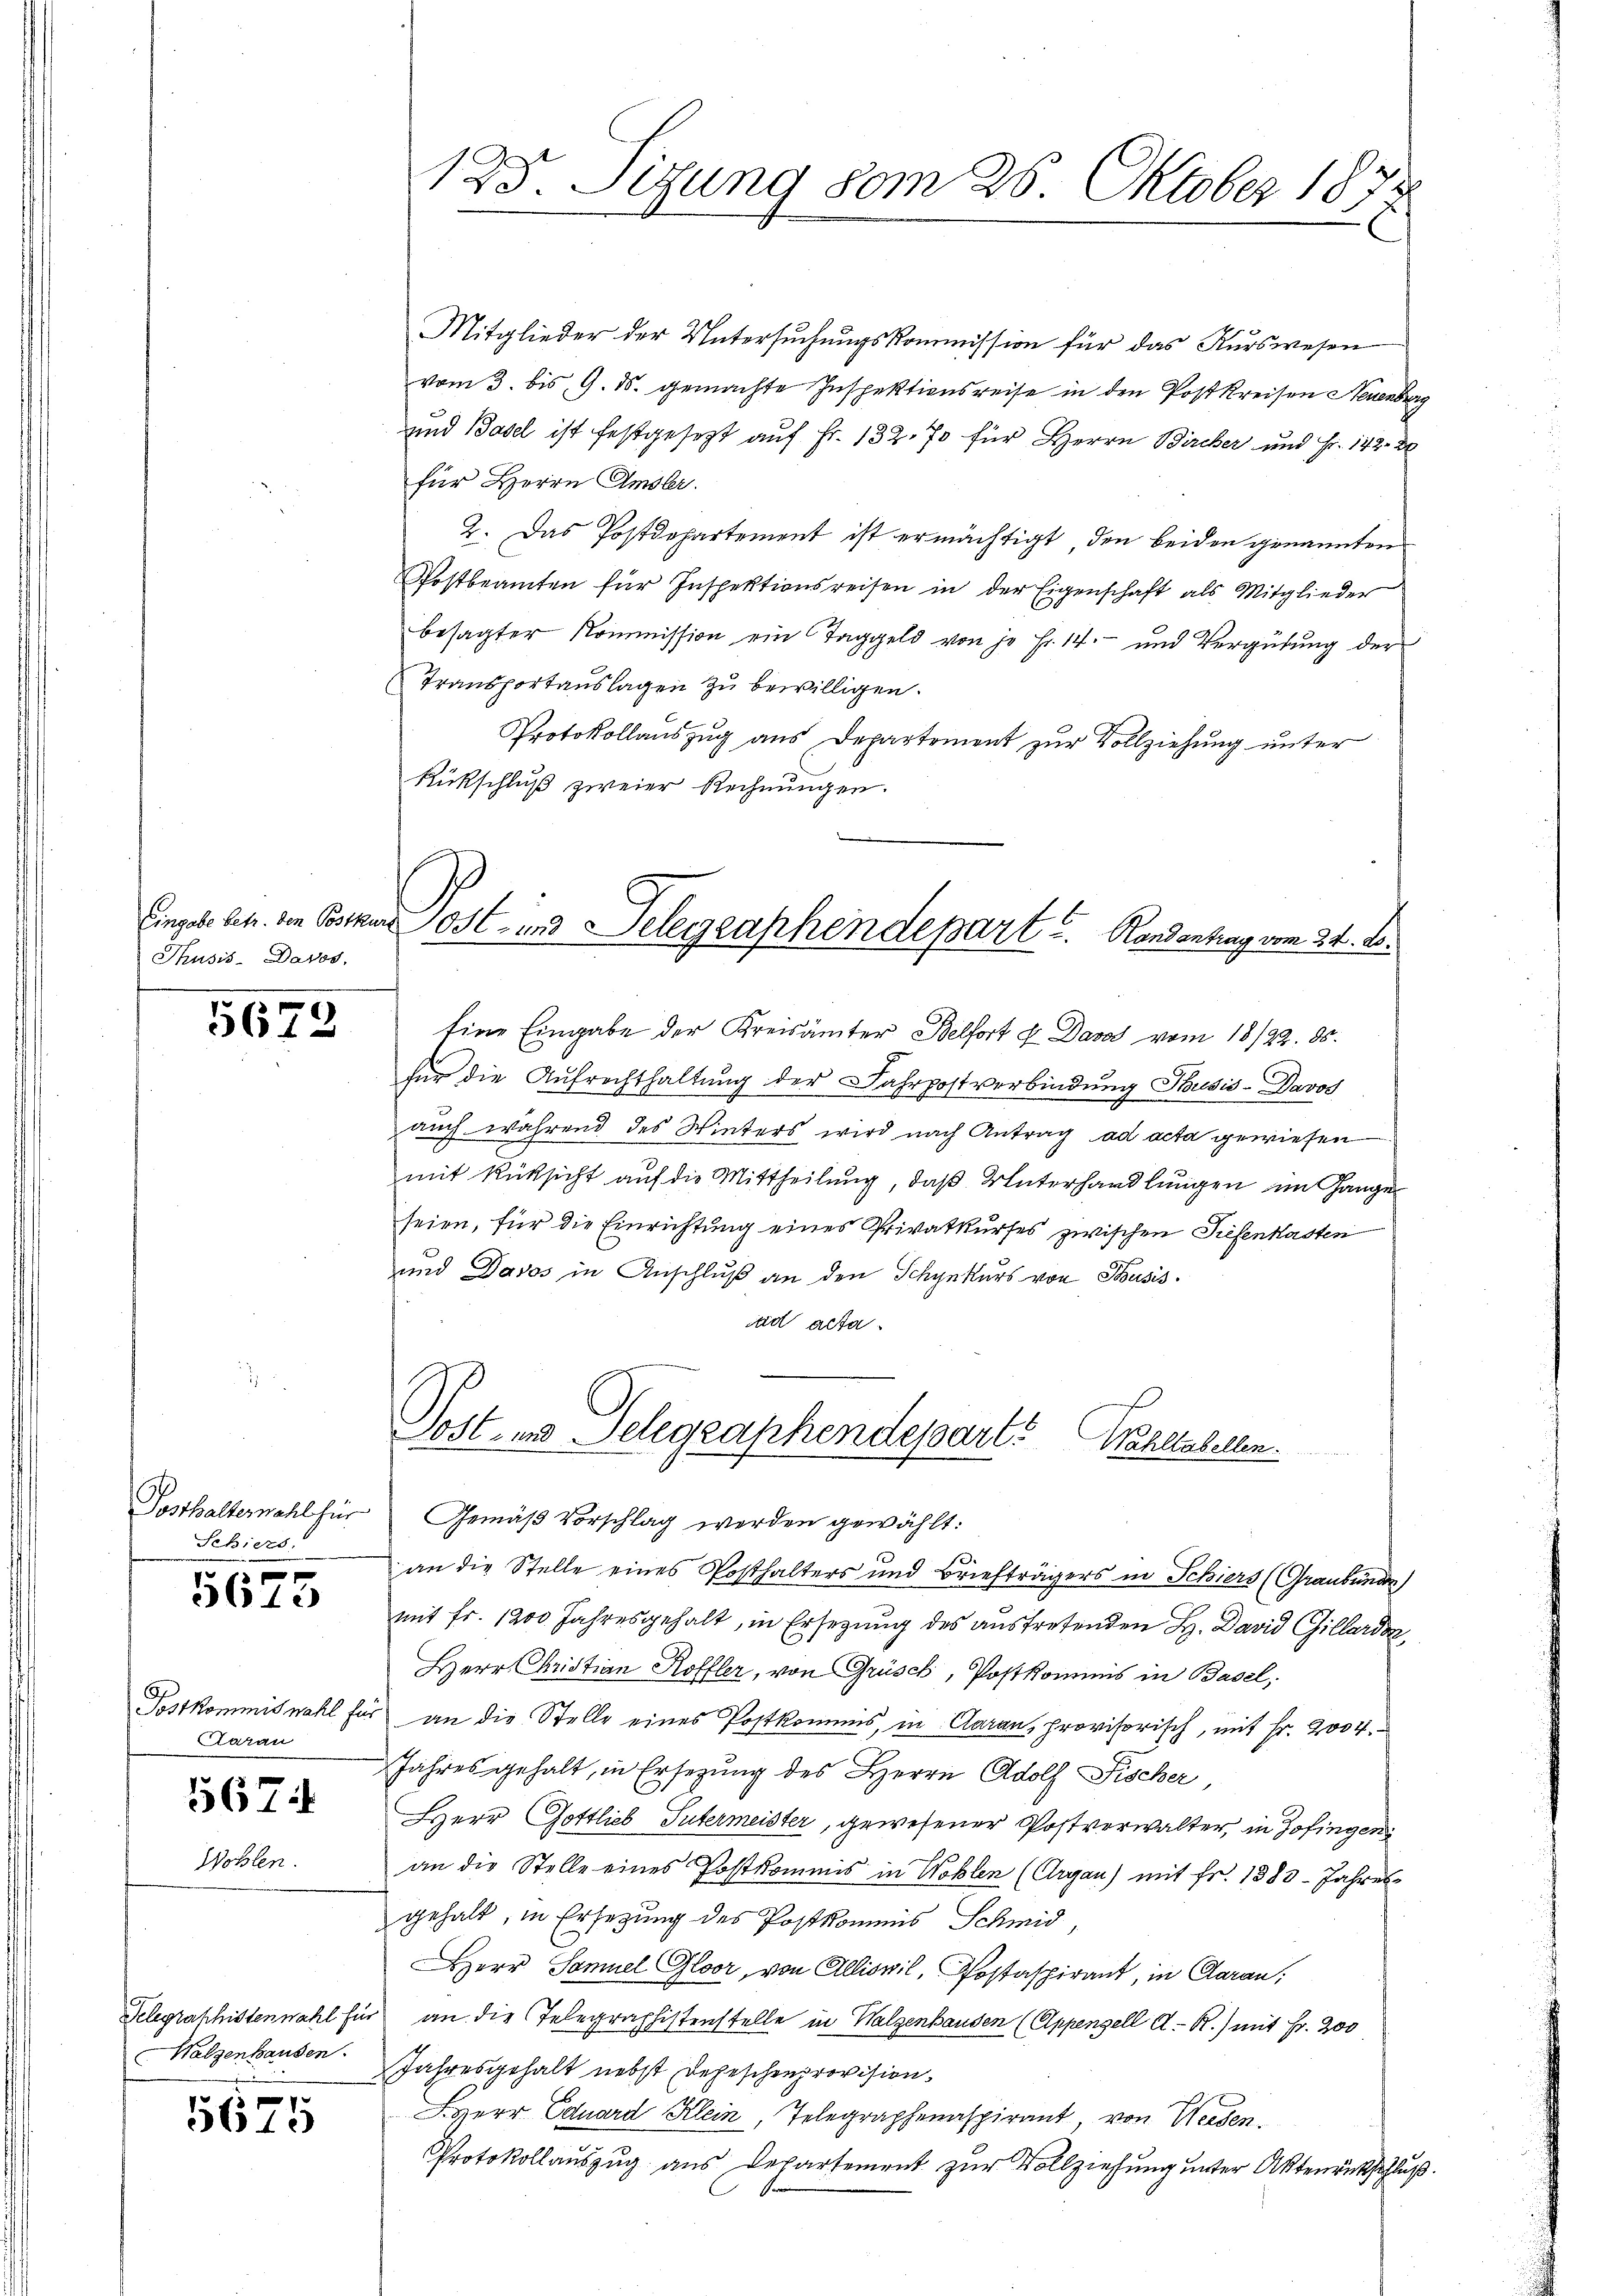
Eingabe betr. den Postkur
Thusis. Davos.

5673

Schiers.

5673

Aarau

567:

Wohlen.

Walzenhausen.

5675

Mitglieder der Untersuchungskommission für das Kurswesen
vom 3. bis 9. ds. gemachte Inspektionsreise in den Post Kreisen Neuenber
und Basel ist festgesetzt auf Fr. 132. 70 für Herrn Bircher und Fr. 142. 20
für Herrn Amsler.
2. Das Postdepartement ist ermächtigt, den beiden genannten
Postbeamten für Inspektionsreisen in der Eigenschaft als Mitglieder
besagter Kommission ein Taggeld von je Fr. 14. und Vergütung der
Transportauslagen zu bewilligen.
Protokollauszug aus Departement zur Vollziehung unter
Rückschluß zweier Rechnungen.

125. Sizung vom 26. Oktober 1872

e Ost- und Delegraphendepart u. Rondantrag vom 24. d.

Eine Eingabe der Kreisämter Belfort & Davos vom 18/22. 86.
für die Aufrechthaltung der Fahrpostverbindung Thusis-Davos
auch während des Winters wird nach Antrag ad acta gewiesen
mit Rüksicht auf die Mittheilung, daß Unterhandlungen im Gangeseien, für die Einrichtung eines Privatkurses zwischen Tiefenkasten
und Davos in Anschluß an den Schynkurs von Busis.
ad acta

Post- und Gelegraphendepart. Wahlabellem
Posthalternahl für Gemäß Vorschlag werden gewählt:

.
an die Stelle eines Posthalters und Briefträgers in Schiers (Graubünde
mit Fr. 1200 Jahresgehalt, in Ersetzung des austretenden H. David Gillarden,
Herr Christian Roffler, von Grüsch, Postkommis in Basel,
Postkommiswahl für an die Stelle eines Postkommis, in Caran, provisorisch, mit Fr. 2004.
Jahres gehalt, in Ersetzung des Herrn Adolf Fischer
Herr Gottlieb Sutermeister, gewesener Postverwalter, in Zofingen
an die Stelle eines Postkommis in Wohlen (Argau) mit Fr. 1883- Jahres
gehalt, in Ersetzung des Postkommnis Schmid,
HHerr Samuel Gloor, von Allisvil, Postaspirant, in Garan,
Telegraphistenwahl für an die Telegraphistenstelle in Walzenhausen (Appenzell A.-R.) mit Fr. 200
Jahresgehalt nebst Depeschenprovision.
HHerr Eduard Klein, Telegraphenaspirant von Werden.
Protokollauszug aus Departement zur Vollziehung unter Aktenrückschluß.
f